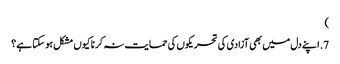
‏)‏
7.‏ اپنے دل میں بھی آزادی کی تحریکوں کی حمایت نہ کرنا کیوں مشکل ہو سکتا ہے؟